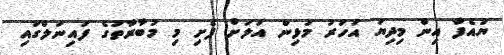
ޔުއެފާ އިން މިދިޔަ އަހަރު މުޅިން އަލަށް ފެށި މި މުބާރާތުގެ ފައިނަލްގައި